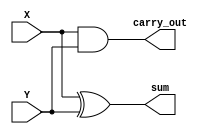
module half_adder(sum, carry_out, X, Y);
input X, Y;
output sum, carry_out;

xor sum_of_digits(sum, X, Y);
and carry_of_sum(carry_out, X, Y);

endmodule